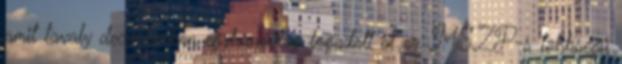
amit tavaly decemberben egyhangúlag fogadott el az MSZP-s többségű